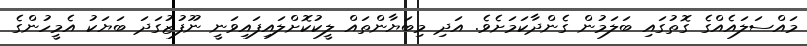
މައްސަލައެއްގެ ގޮތުގައި ބަލަމުން ގެންދާކަމަށެވެ. އަދި މިބަޔާންތައް ލީކުކޮށްލައިފައިވަނީ ނޫފުޒުގަދަ ބަޔަކު އެމީހުންގެ